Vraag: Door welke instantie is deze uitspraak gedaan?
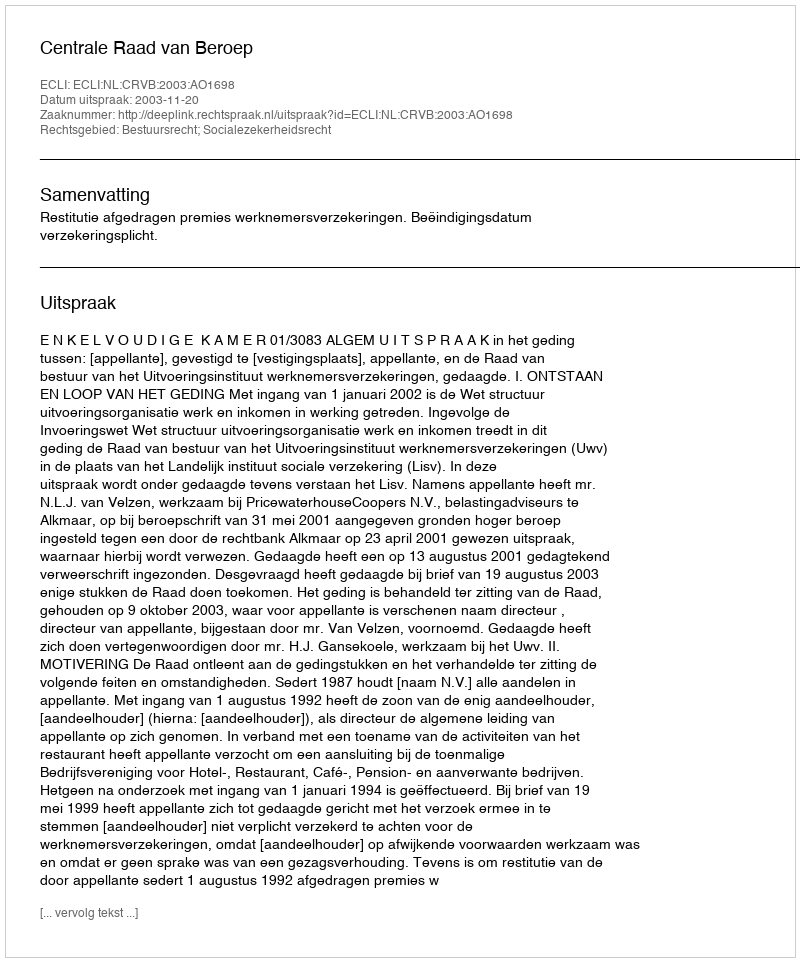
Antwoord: Centrale Raad van Beroep